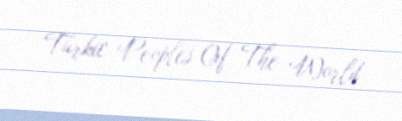
Turkic Peoples Of The World.